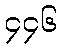
၄၄၆